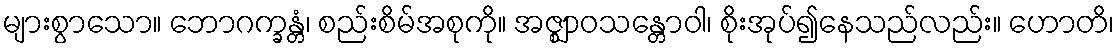
များစွာသော။ ဘောဂက္ခန္တံ၊ စည်းစိမ်အစုကို။ အဇ္ဈာဝသန္တောဝါ၊ စိုးအုပ်၍နေသည်လည်း။ ဟောတိ၊